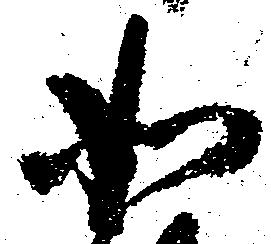
如